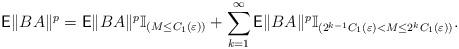
LaTeX: \begin{align*}\textsf{E}\Vert BA\Vert^{p}=\textsf{E}\Vert BA\Vert^{p}\mathbb{I}_{(M\le C_{1}(\varepsilon))}+\sum_{k=1}^{\infty}\textsf{E}\Vert BA\Vert^{p}\mathbb{I}_{(2^{k-1}C_{1}(\varepsilon)<M\le 2^{k}C_{1}(\varepsilon))}.\end{align*}